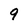
Character: 9